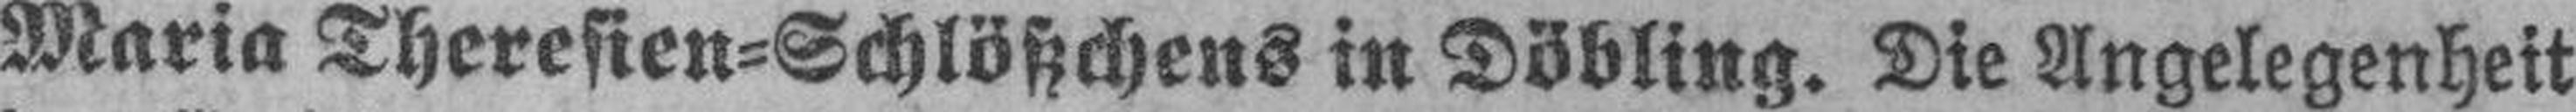
Maria Theresien=Schlößchens in Döbling. Die Angelegenheit